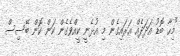
"މިހާ ބޮޑު އަދަދެއް އަރައިގެން މި އުޅެނީ ކީއްވެގެން ކަން ކޮން ބޭސިސް